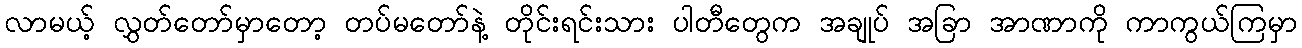
လာမယ့် လွှတ်တော်မှာတော့ တပ်မတော်နဲ့ တိုင်းရင်းသား ပါတီတွေက အချုပ် အခြာ အာဏာကို ကာကွယ်ကြမှာ